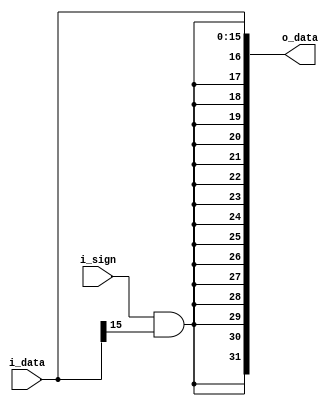
module signext(i_data,i_sign,o_data);
input 	i_sign;
input  wire [15:0] i_data; 
output wire  [31:0] o_data;
wire  upper_bits;
assign  upper_bits = i_sign & i_data[15];
 assign o_data = {{16{upper_bits}}, i_data}; 
endmodule